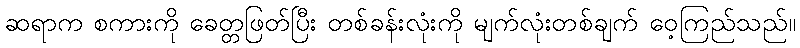
ဆရာက စကားကို ခေတ္တဖြတ်ပြီး တစ်ခန်းလုံးကို မျက်လုံးတစ်ချက် ဝေ့ကြည်သည်။